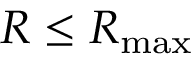
R \leq R _ { \operatorname* { m a x } }